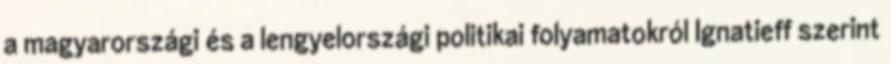
a magyarországi és a lengyelországi politikai folyamatokról Ignatieff szerint